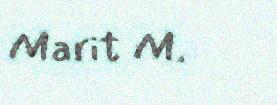
Marit M.